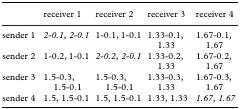
<table><thead><tr><td></td><td><b>receiver 1</b></td><td><b>receiver 2</b></td><td><b>receiver 3</b></td><td><b>receiver 4</b></td></tr></thead><tbody><tr><td>sender 1</td><td><i>2-0.1, 2-0.1</i></td><td>1-0.1, 1-0.1</td><td>1.33-0.1, 1.33</td><td>1.67-0.1, 1.67</td></tr><tr><td>sender 2</td><td>1-0.2, 1-0.1</td><td><i>2-0.2, 2-0.1</i></td><td>1.33-0.2, 1.33</td><td>1.67-0.2, 1.67</td></tr><tr><td>sender 3</td><td>1.5-0.3, 1.5-0.1</td><td>1.5-0.3, 1.5-0.1</td><td>1.33-0.3, 1.33</td><td>1.67-0.3, 1.67</td></tr><tr><td>sender 4</td><td>1.5, 1.5-0.1</td><td>1.5, 1.5-0.1</td><td>1.33, 1.33</td><td><i>1.67, 1.67</i></td></tr></tbody></table>